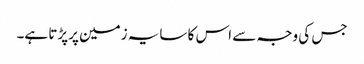
جس کی وجہ سے اس کا سایہ زمین پرپڑتا ہے۔